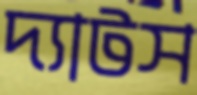
দ্যাটস